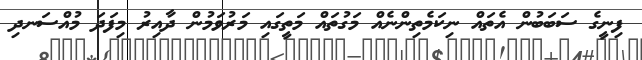
ފިނީގެ ސަބަބުން އެތައް ނިކަމެތިންނެއް މަގުތައް މަތީގައި މަރުވަމުން ދާއިރު މިފަދަ މުއްސަނދި